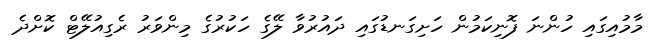
މާމުއިގައި ހުންނަ ފޮނިކަމުން ހަށިގަނޑުގައި ދައުރުވާ ލޭގެ ހަކުރުގެ މިންވަރު ރެގިއުލޭޓް ކޮށްދެ